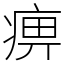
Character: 痹